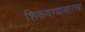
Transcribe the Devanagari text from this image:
शिकवण्यासारखा